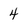
Character: 4